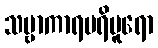
သဗ္ဗာကာရပရိပူရော